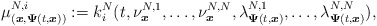
\begin{align*}\mu_{(\boldsymbol{x},\boldsymbol{\Psi}(t,\boldsymbol{x}))}^{N,i}:=k_i^N(t,\nu^{N,1}_{\boldsymbol{x}},\ldots,\nu^{N,N}_{\boldsymbol{x}},\lambda^{N,1}_{\boldsymbol{\Psi}(t,\boldsymbol{x})},\ldots,\lambda^{N,N}_{\boldsymbol{\Psi}(t,\boldsymbol{x})}),\end{align*}